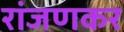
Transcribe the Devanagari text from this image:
रांजणकर